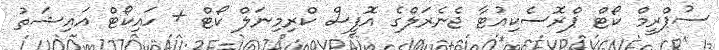
ސުޕްރީމް ކޯޓް ޕްރޮސެކިއުޓާ ޖެނެރަލްގެ އޮފީސް ކްރިމިނަލް ކޯޓް + ހައިކޯޓް އައިޝަތު